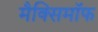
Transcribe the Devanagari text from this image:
मैक्सिमाॅफ